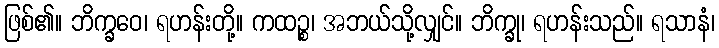
ဖြစ်၏။ ဘိက္ခဝေ၊ ရဟန်းတို့။ ကထဉ္စ၊ အဘယ်သို့လျှင်။ ဘိက္ခု၊ ရဟန်းသည်။ ရသာနံ၊